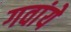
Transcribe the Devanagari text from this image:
गवांये